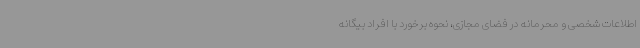
اطلاعات شخصی و محرمانه در فضای مجازی، نحوه برخورد با افراد بیگانه